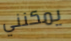
يمكنني